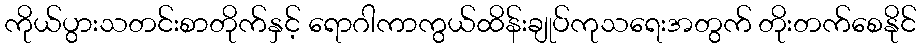
ကိုယ်ပွားသတင်းစာတိုက်နှင့် ရောဂါကာကွယ်ထိန်းချုပ်ကုသရေးအတွက် တိုးတက်စေနိုင်